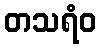
တသရံဝ